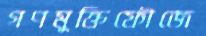
গণমুক্তিফৌজে